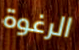
الرغوة